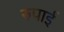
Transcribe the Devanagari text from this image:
रुपाई